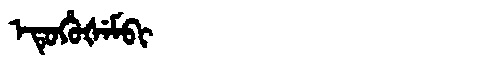
Manchu: ᡝᡨᡠᡥᡠᡧᡝᠮᠪᡳ
Romanization: ETUHUŠEMBI